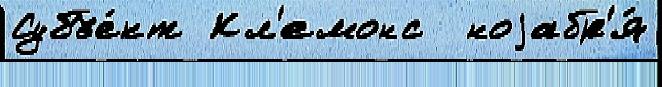
Субъе́кт Кл'емонс  ноjабр'я́